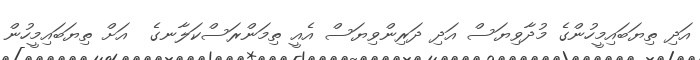
އަދި ތިޔަބައިމީހުންގެ މުދާވިޔަސް އަދި ދަރިންވިޔަސް އެއީ ތިމަންރަސްކަލާނގެ  އަށް ތިޔަބައިމީހުން